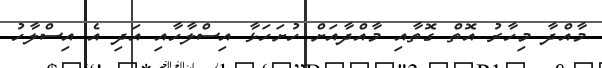
މާއްދާ މިހާރު އޮތް ގޮތާއި މާއްދާއަަށް ހުށަހަޅާ އިސްލާހާއި އަދި އެ އިސްލާހު